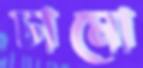
চামো